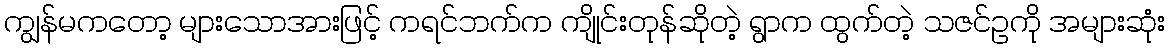
ကျွန်မကတော့ များသောအားဖြင့် ကရင်ဘက်က ကျိုင်းတုန်ဆိုတဲ့ ရွာက ထွက်တဲ့ သဇင်ဥကို အများဆုံး